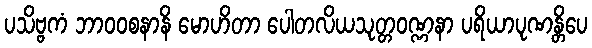
ပသိဗ္ဗကံ ဘာဝဝစနာနိ မောဟိတာ ပေါတလိယသုတ္တဝဏ္ဏနာ ပရိယာပုဏန္တိပေ